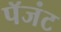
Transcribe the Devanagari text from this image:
पॅजंट